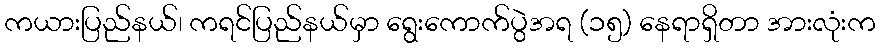
ကယားပြည်နယ်၊ ကရင်ပြည်နယ်မှာ ရွေးကောက်ပွဲအရ (၁၅) နေရာရှိတာ အားလုံးက